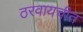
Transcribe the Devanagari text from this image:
ठरवायचीत